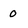
Character: 0